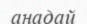
анадай